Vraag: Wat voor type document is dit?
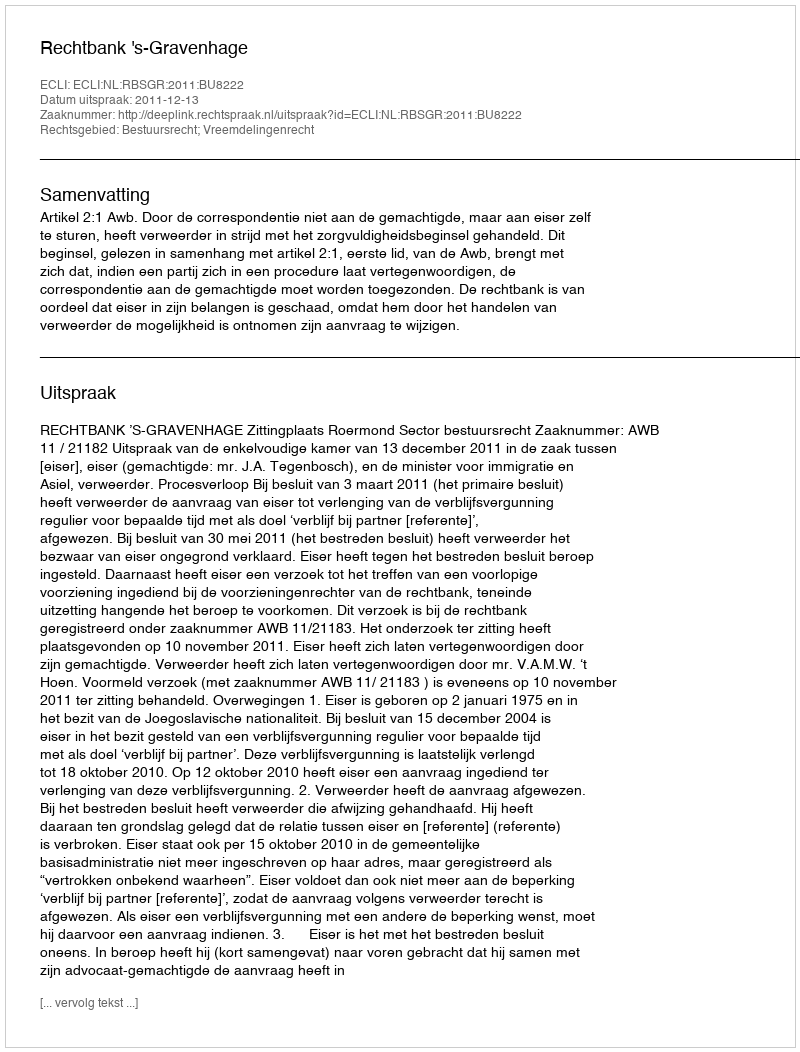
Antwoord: Uitspraak